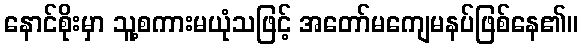
နောင်စိုးမှာ သူ့စကားမယုံသဖြင့် အတော်မကျေမနပ်ဖြစ်နေ၏။